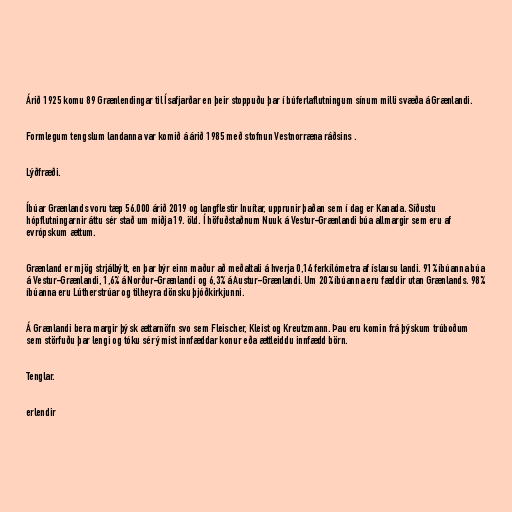
Árið 1925 komu 89 Grænlendingar til Ísafjarðar en þeir stoppuðu þar í búferlaflutningum sínum milli svæða á Grænlandi.

Formlegum tengslum landanna var komið á árið 1985 með stofnun Vestnorræna ráðsins .

Lýðfræði.

Íbúar Grænlands voru tæp 56.000 árið 2019 og langflestir Inuítar, upprunir þaðan sem í dag er Kanada. Síðustu
hópflutningarnir áttu sér stað um miðja 19. öld. Í höfuðstaðnum Nuuk á Vestur-Grænlandi búa allmargir sem eru af
evrópskum ættum.

Grænland er mjög strjálbýlt, en þar býr einn maður að meðaltali á hverja 0,14 ferkílómetra af íslausu landi. 91% íbúanna búa
á Vestur-Grænlandi, 1,6% á Norður-Grænlandi og 6,3% á Austur-Grænlandi. Um 20% íbúanna eru fæddir utan Grænlands. 98%
íbúanna eru Lútherstrúar og tilheyra dönsku þjóðkirkjunni.

Á Grænlandi bera margir þýsk ættarnöfn svo sem Fleischer, Kleist og Kreutzmann. Þau eru komin frá þýskum trúboðum
sem störfuðu þar lengi og tóku sér ýmist innfæddar konur eða ættleiddu innfædd börn.

Tenglar.

erlendir